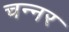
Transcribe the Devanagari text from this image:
चन्नर